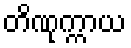
တိဏုက္ကာယ